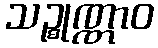
သဉ္စုဏ္ဏာဝ